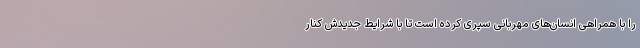
را با همراهی انسان‌های مهربانی سپری کرده است تا با شرایط جدیدش کنار